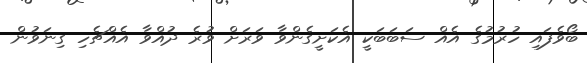
ބޯވެފައި ހުރުމުގެ އެއް ސަބަބަކީ އެކަށީގެންވާ ވަރަށް ވުރެ ދުއްވާ އެއްޗެހި ގިނަވުން